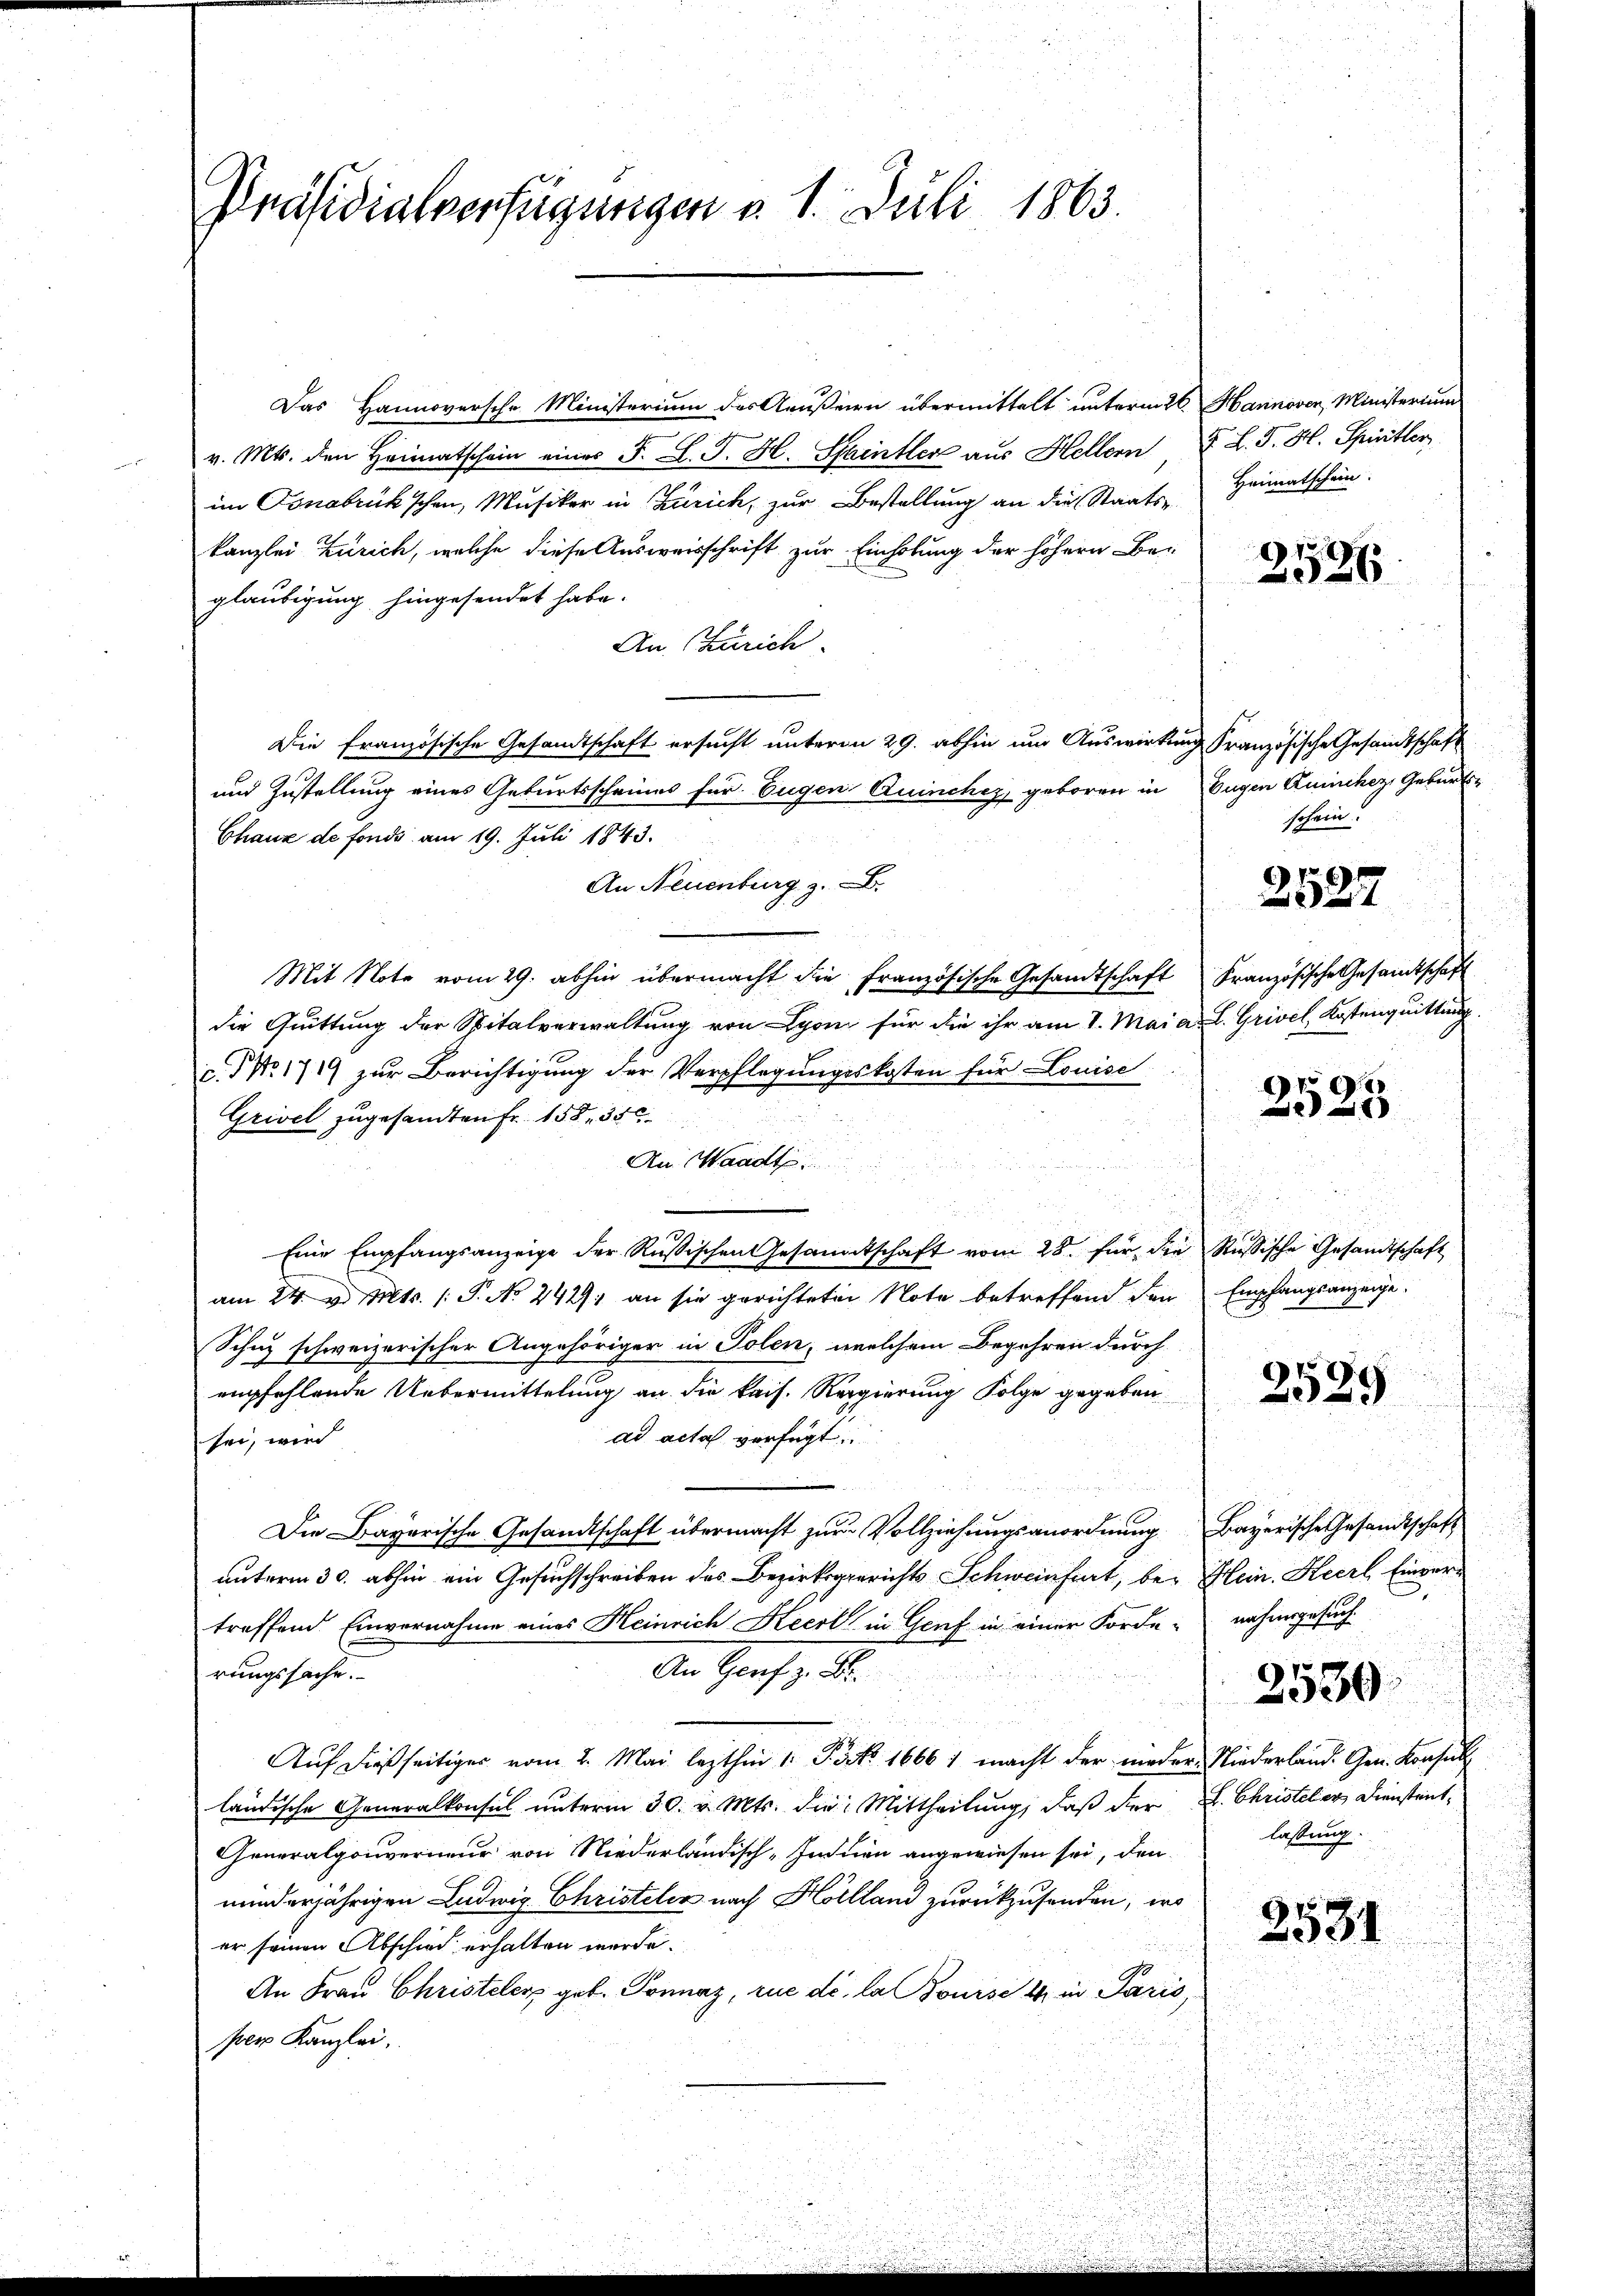
Präsidialverfügungen d. 1. Juli 1863.

Das Hannoversche Ministerium des Aeußern übermittelt unterm 26. Hannover, Ministerium
v. Mts. den Heimatschein eines F. L. J. H. Sainter aus Hellern F. L. J. H. Spiritter
im Osnabrük'schen, Musiker in Zürich, zur Bestellung an die Staatskanzlei Zürich, welche diese Ausweisschrift zur Einholung der höhern Be-
gläubigung hingesendet habe.
An Zürich
Die französische Gesandtschaft ersucht unterm 29. abhin um Auswirkung Französische Gesamtschaft
und Zustellung eines Geburtsscheines für Eugen Quinches, geboren in Eugen Quinchez Geburts-
Chaux de fonds am 19. Juli 1843.
An Neuenburg z.
Mit Note vom 29. abhin übermacht die Französische Gesandtschaft Französische Gesamtschaft
die Quittung der Spitalverwaltung von Lyon für die ihr am 1. Mai a. L. Grivel, Kostenquittung
c. No. 1719 zur Berichtigung der Verpflegungskosten für Louise
Grivel zugesandten Fr. 158, 350
An Waadt
5
i
Eine Empfangsanzeige der Russischen Gesandtschaft vom 28. für die Russische Gesandtschaft
e
am 24. v. Mts. (T. No 242. an sie gerichteten Note betreffend den Empfangsanzeige
Schuz schweizerischer Angehöriger in Polen, welchem Begehren durch
empfehlende Uebermittelung an die kais. Regierung Folge gegeben
ad acta verfügt
sei, wird
Die Bayerische Gesandtschaft übermacht zur Vollziehungsanordnung Bayerische Gesandtschaft
unterm 30. abhin ein Gesuchschreiben des Bezirksgerichts Schweinfiert, bei Mein Kerl, Einvertreffend Einvernahme eines Heinrich Kecrl in Genf in einer Forde nahmsgesuch
An Graf v. M.
rungssache.
Auf dießseitiger vom 2. Mai lezthin 1. Pact. 1666 1 macht der nieder Niederland. Gen. Konsul
ländische Generalkonsul unterm 30. v. Mts. die Mittheilung, daß der L. Christeler Dienstent¬
Generalgouverneur von Niederländisch-Indien angewiesen sei, den
minderjährigen Ludwig Christeles nach Holland zurückzusenden, wo
er seinen Abschied erhalten werde.
An Frau Christeler geb. Sonnaz, rue de la jouise 14 in Paris,
per Kanzlei,

Heimatschein.

2526

schein.

2527

.45
)
x

2529

2531

2530.
lassung.